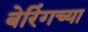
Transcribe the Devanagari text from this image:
बेरिंगच्या